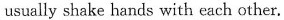
usually shake hands with each other.